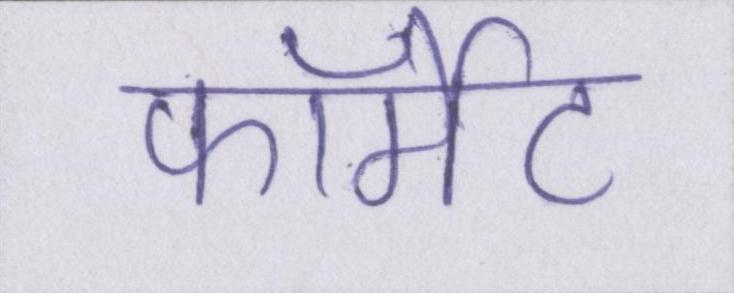
फॉर्मेट